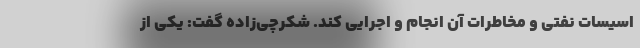
اسیسات نفتی و مخاطرات آن انجام و اجرایی کند. شکرچی‌زاده گفت: یکی از